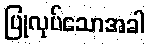
ပြုလုပ်သောအခါ